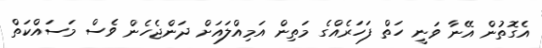
އެގޮތުން އޭނާ ވަނީ ހަތް ފަހަރެއްގެ މަތިން އަމިއްލައަށް ދަންޖެހެން ވެސް މަސައްކަތް